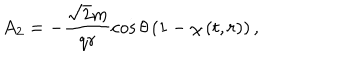
A _ { 2 } = - \frac { \sqrt { 2 } m } { q r } \cos \theta \left( 1 - \chi \left( t , r \right) \right) ,